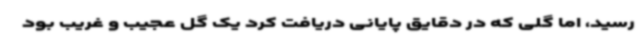
رسید، اما گلی که در دقایق پایانی دریافت کرد یک گل عجیب و غریب بود